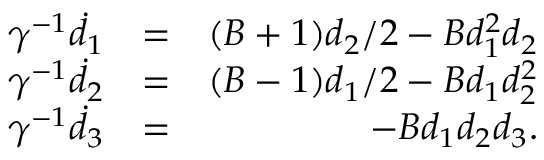
\begin{array} { r l r } { \gamma ^ { - 1 } \dot { d } _ { 1 } } & { = } & { ( B + 1 ) d _ { 2 } / 2 - B d _ { 1 } ^ { 2 } d _ { 2 } } \\ { \gamma ^ { - 1 } \dot { d } _ { 2 } } & { = } & { ( B - 1 ) d _ { 1 } / 2 - B d _ { 1 } d _ { 2 } ^ { 2 } } \\ { \gamma ^ { - 1 } \dot { d } _ { 3 } } & { = } & { - B d _ { 1 } d _ { 2 } d _ { 3 } . } \end{array}